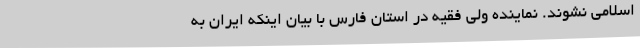
اسلامی نشوند. نماینده ولی فقیه در استان فارس با بیان اینکه ایران به